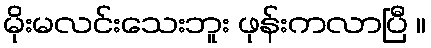
မိုးမလင်းသေးဘူး ဖုန်းကလာပြီ ။